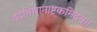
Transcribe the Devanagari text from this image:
यदभिधानाष्टकमिदम्।।